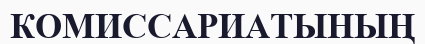
КОМИССАРИАТЫНЫҢ